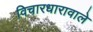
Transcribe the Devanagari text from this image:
विचारधारावाले